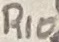
Text: R10